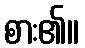
စား၏။